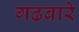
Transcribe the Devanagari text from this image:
गढबारे